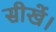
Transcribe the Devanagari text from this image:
सीखें।